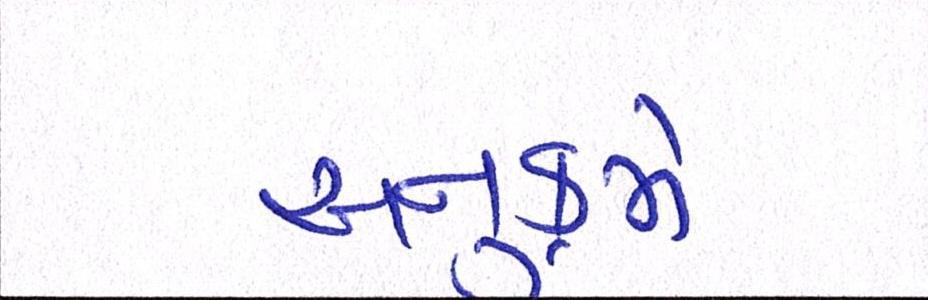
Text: અનુક્રમે